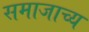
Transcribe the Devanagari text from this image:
समाजाच्य